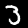
Digit: 3